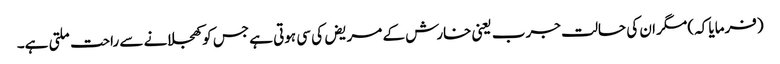
(فرمایا کہ) مگر ان کی حالت جرب یعنی خارش کے مریض کی سی ہوتی ہے جس کو کھجلانے سے راحت ملتی ہے۔